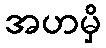
အဟမှိ